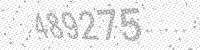
Solution: 489275